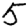
Digit: 5